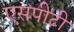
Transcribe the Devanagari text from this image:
एसपीटी